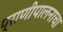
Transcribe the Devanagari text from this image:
प्राणीपालनाचा